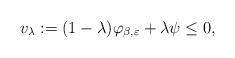
LaTeX: \begin{align*} v_{\lambda}:=(1-\lambda)\varphi_{\beta,\varepsilon} +\lambda \psi \leq 0,\end{align*}